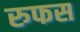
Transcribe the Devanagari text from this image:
रुफस